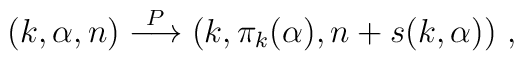
(k,\alpha,n)\stackrel{P}{\longrightarrow} (k,\pi_k(\alpha),n+ s(k,\alpha))~,